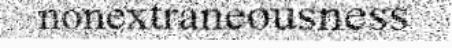
nonextraneousness